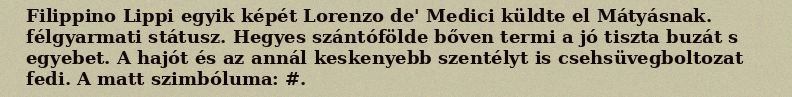
Filippino Lippi egyik képét Lorenzo de' Medici küldte el Mátyásnak. félgyarmati státusz. Hegyes szántófölde bőven termi a jó tiszta buzát s egyebet. A hajót és az annál keskenyebb szentélyt is csehsüvegboltozat fedi. A matt szimbóluma: #.